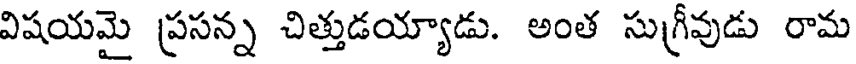
విషయమై ప్రసన్న చిత్తుడయ్యాడు. అంత సుగ్రీవుడు రామ